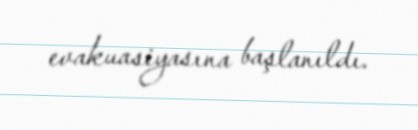
evakuasiyasına başlanıldı.